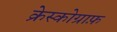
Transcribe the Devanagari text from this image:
क्रेस्कोग्राफ़